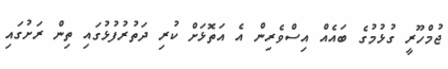
ޖުމްހޫރީ ގުޅުމުގެ ބައެއް އިސްވެރިން އެ އަތޮޅަށް ކުރި ދަތުރުފުޅުގައި ތިން ރަށުގައި